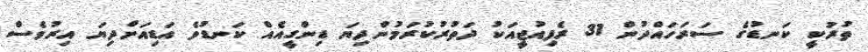
ތުރުކީ ކަނޑުގެ ސަރަހައްދުން 31 ރެފިއުޖީއަކު ދަތުރުކުރަމުންދިޔަ ޑިންގީއެއް ކަނޑުވެ އަޑިއަށްދިޔަ އިރުވެސް